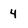
Character: 4